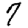
Digit: 7